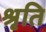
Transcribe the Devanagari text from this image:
श्रृति